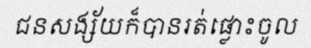
ជនសង្ស័យក៏បានរត់ផ្លោះចូល